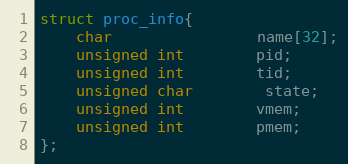
Language: C
struct proc_info{
	char				name[32];
	unsigned int		pid;
	unsigned int		tid;
	unsigned char		state;
	unsigned int		vmem;
	unsigned int		pmem;
};